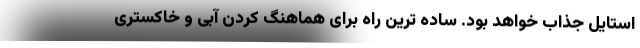
استایل جذاب خواهد بود. ساده ترین راه برای هماهنگ کردن آبی و خاکستری